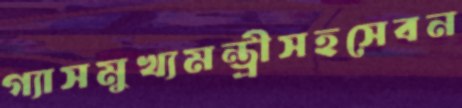
গ্যাসমুখ্যমন্ত্রীসহসেবন